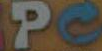
Pe